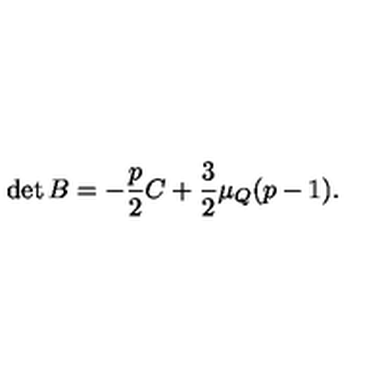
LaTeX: \det { B } = - \frac { p } { 2 } C + \frac { 3 } { 2 } \mu _ { Q } ( p - 1 ) .